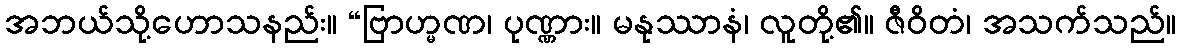
အဘယ်သို့ဟောသနည်း။ “ဗြာဟ္မဏ၊ ပုဏ္ဏား။ မနုဿာနံ၊ လူတို့၏။ ဇီဝိတံ၊ အသက်သည်။